65_HS1-834228961_62-HQ-83894_Section_3
Agency: FBI
Page 186
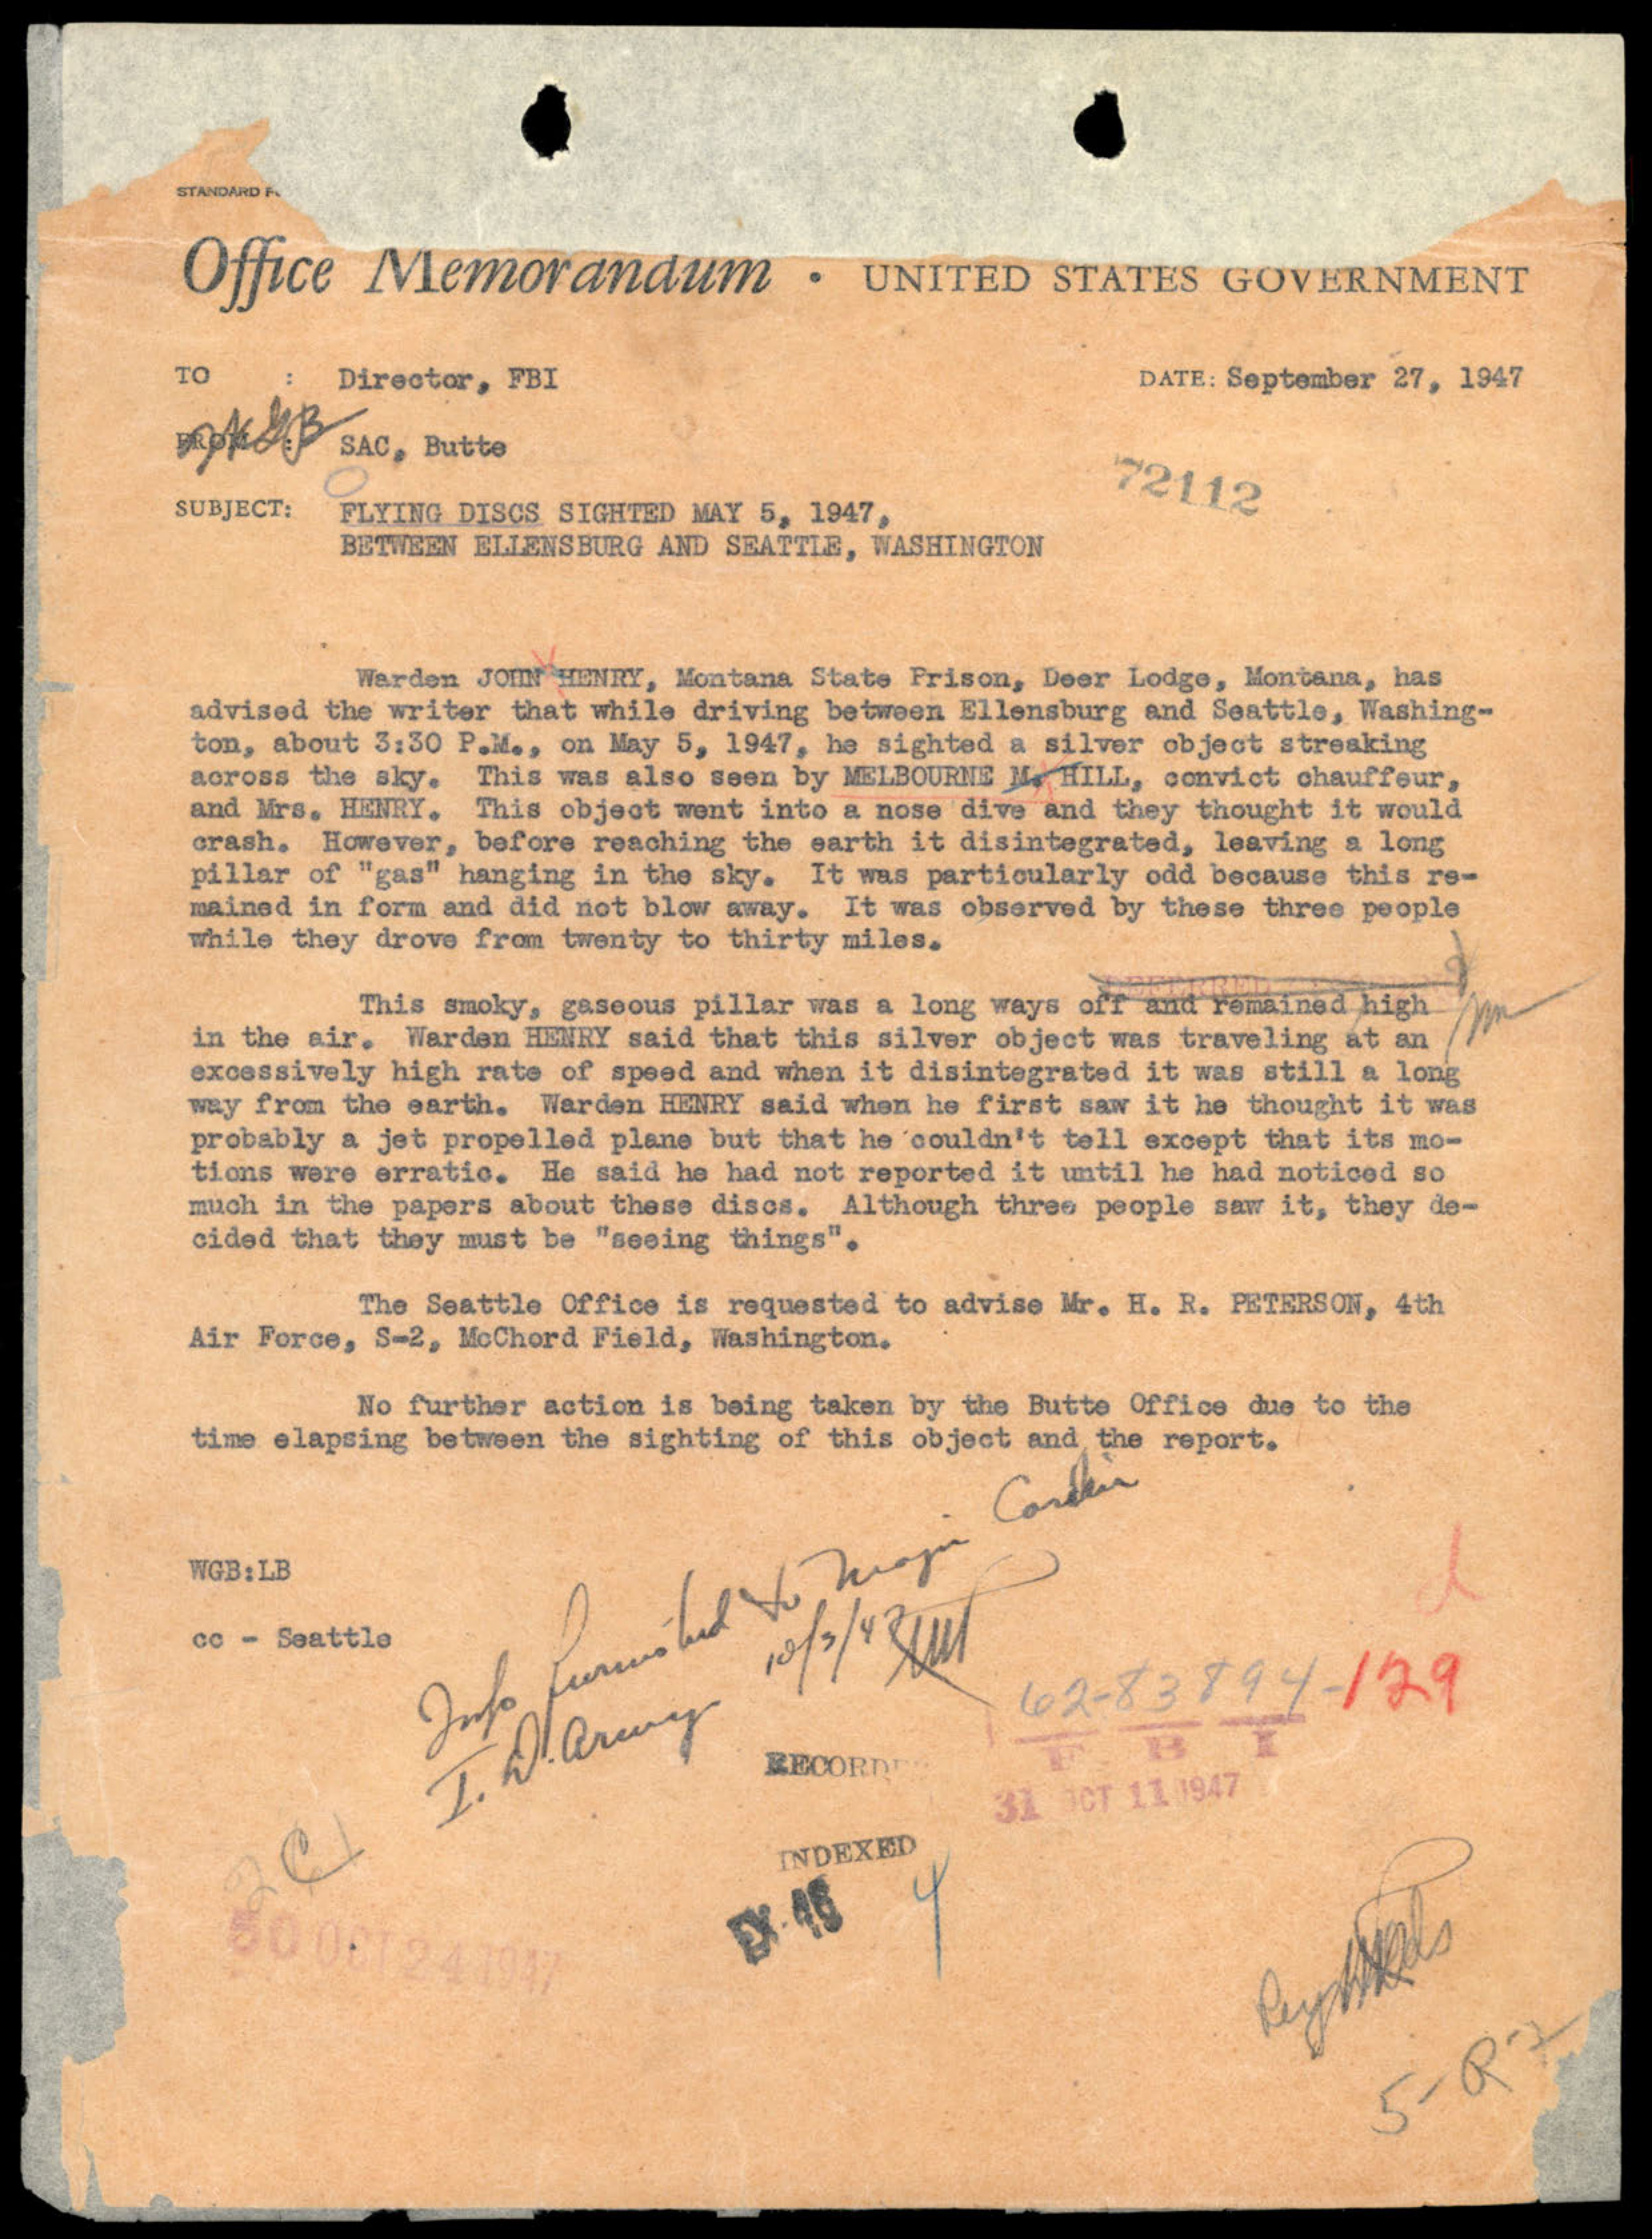